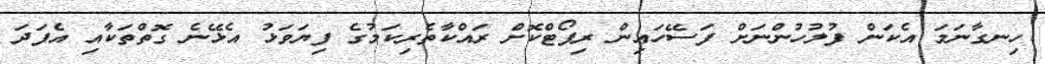
ހިނގާނަމަ އެކަން ފުލުހުންނަށް ފަސޭހައިން ރިޕޯޓްކޮށް ރައްކާތެރިކަމުގެ ފިޔަވަޅު އެޅޭނެ ގޮތްތަކާއި އެފަދަ